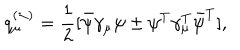
LaTeX: q _ { \mu } ^ { ( \pm ) } = \frac { 1 } { 2 } [ \bar { \psi } \gamma _ { \mu } \psi \pm \psi ^ { T } \gamma _ { \mu } ^ { T } \bar { \psi } ^ { T } ] ,